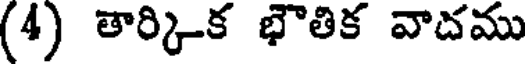
(4) తార్కిక భౌతిక వాదము